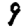
Digit: 9